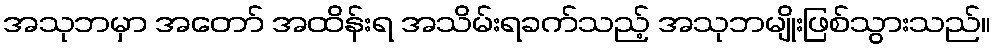
အသုဘမှာ အတော် အထိန်းရ အသိမ်းရခက်သည့် အသုဘမျိုးဖြစ်သွားသည်။